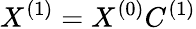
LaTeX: X^{(1)}=X^{(0)}C^{(1)}